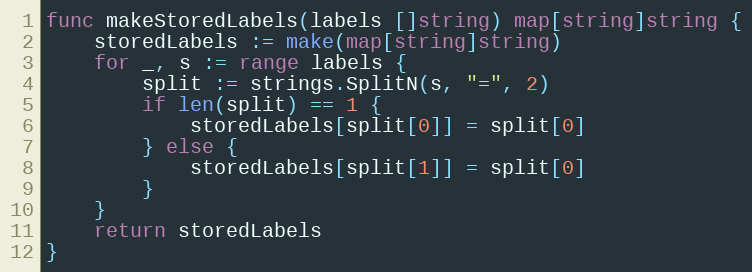
Language: Go
func makeStoredLabels(labels []string) map[string]string {
	storedLabels := make(map[string]string)
	for _, s := range labels {
		split := strings.SplitN(s, "=", 2)
		if len(split) == 1 {
			storedLabels[split[0]] = split[0]
		} else {
			storedLabels[split[1]] = split[0]
		}
	}
	return storedLabels
}